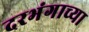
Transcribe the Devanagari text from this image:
दरभंगाच्या